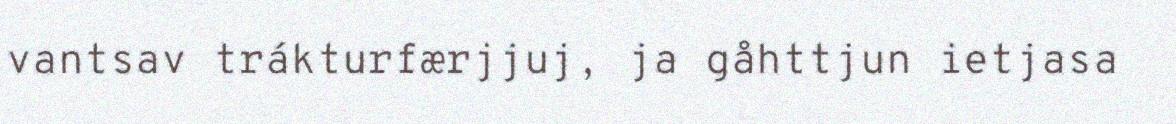
vantsav trákturfærjjuj, ja gåhttjun ietjasa